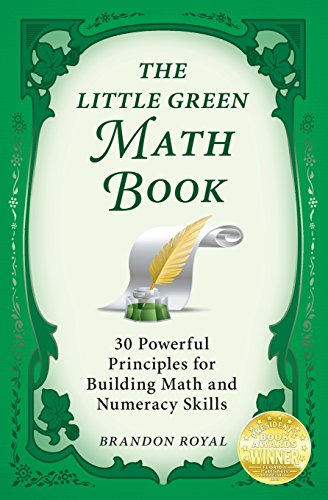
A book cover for The Little Green Math Book: 30 Powerful Principles for Building Math and Numeracy Skills; Brandon Royal; Test Preparation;